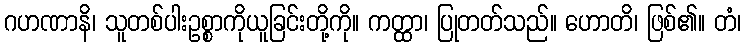
ဂဟဏာနိ၊ သူတစ်ပါးဥစ္စာကိုယူခြင်းတို့ကို။ ကတ္ထာ၊ ပြုတတ်သည်။ ဟောတိ၊ ဖြစ်၏။ တံ၊